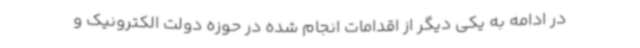
در ادامه به یکی دیگر از اقدامات انجام شده در حوزه دولت الکترونیک و